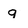
Character: q